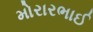
મોરારભાઈ